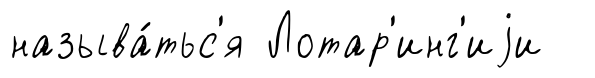
называ́тьс'я Лотар'инг'иjи